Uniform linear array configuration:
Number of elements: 48
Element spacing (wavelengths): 0.5
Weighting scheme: uniform
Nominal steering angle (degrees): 45
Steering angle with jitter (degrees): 44.192
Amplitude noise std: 0.05
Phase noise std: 0.05

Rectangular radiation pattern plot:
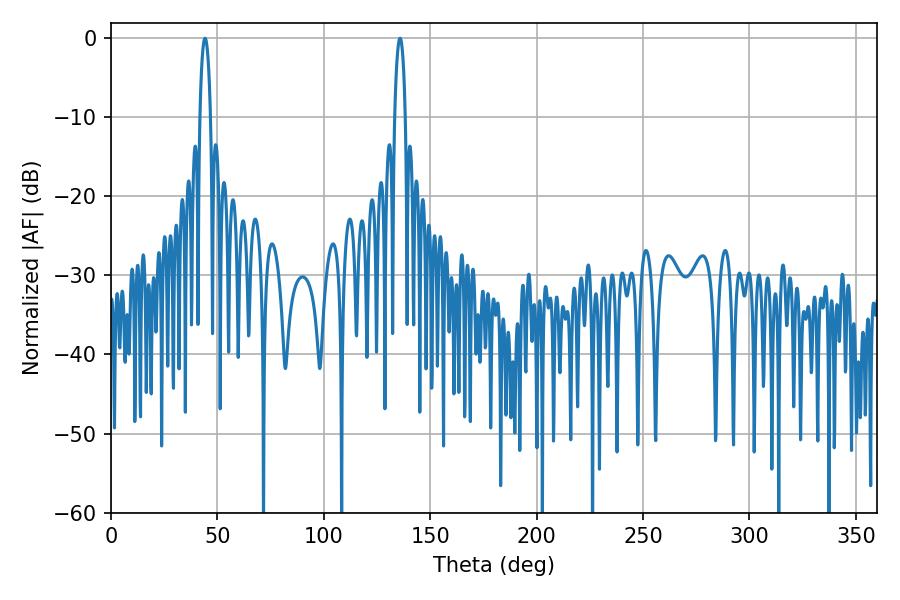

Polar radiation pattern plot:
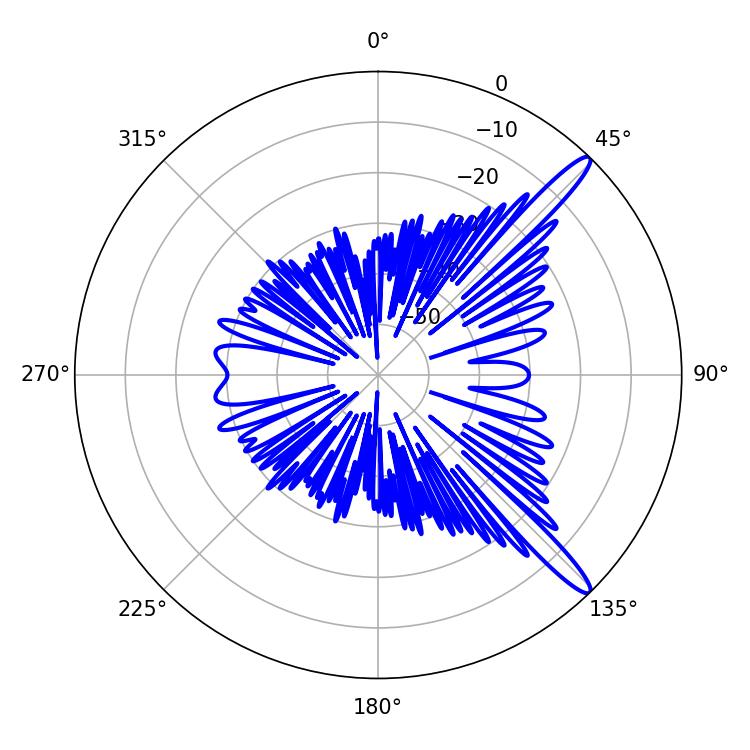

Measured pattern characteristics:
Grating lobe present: FALSE
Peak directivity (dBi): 13.968
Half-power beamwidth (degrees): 2.7
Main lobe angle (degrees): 44.1